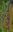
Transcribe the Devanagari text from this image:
र्च